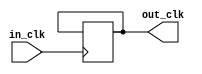
module divider(
    in_clk,
    out_clk
);

input in_clk;
output out_clk;
reg out_clk;
reg [16:0] counter;

initial begin
  out_clk <= 0;
  counter <= 0;
end
always @(posedge in_clk) begin
  counter <= counter + 1;
  if (counter == 'h5F5E10) begin
    counter <= 0;
    out_clk <= ~ out_clk;
  end
end

endmodule